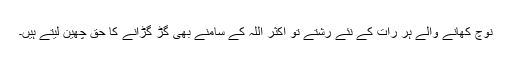
نوچ کھانے والے ہر رات کے نئے رشتے تو اکثر اللہ کے سامنے بھی گڑ گڑانے کا حق چھین لیتے ہیں۔